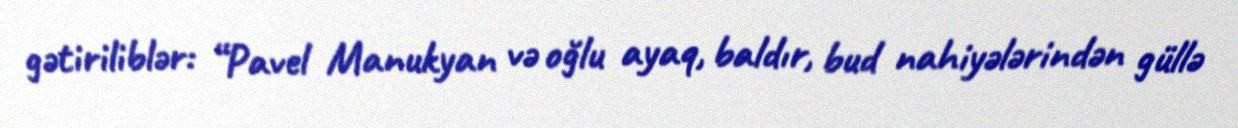
gətiriliblər: “Pavel Manukyan və oğlu ayaq, baldır, bud nahiyələrindən güllə